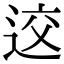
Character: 䢒